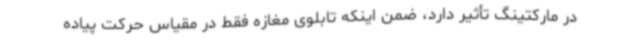
در مارکتینگ تأثیر دارد، ضمن اینکه تابلوی مغازه فقط در مقیاس حرکت پیاده